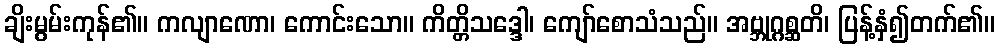
ချိးမွမ်းကုန်၏။ ကလျာဏော၊ ကောင်းသော။ ကိတ္တိသဒ္ဒေါ၊ ကျော်စောသံသည်။ အဗ္ဘုဂ္ဂစ္ဆတိ၊ ပြန့်နှံ၍တက်၏။